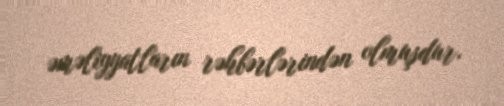
əməliyyatların rəhbərlərindən olmuşdur.